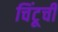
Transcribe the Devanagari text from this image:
चिंटूची